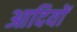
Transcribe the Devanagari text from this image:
आदियों